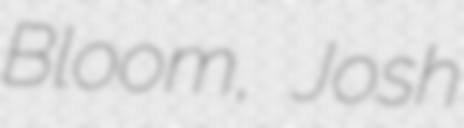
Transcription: Bloom, Josh